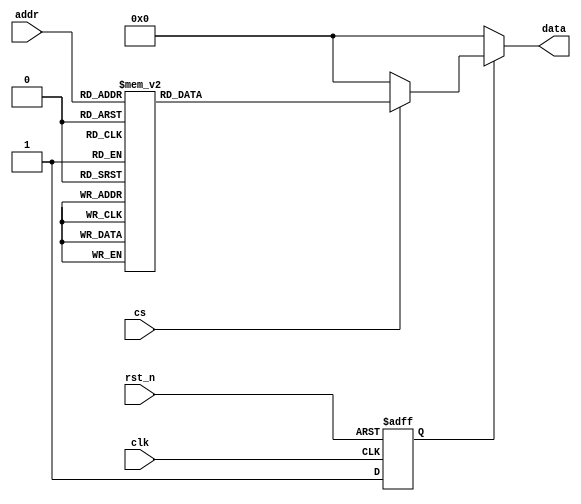
module ROM1_Z0(clk, rst_n, cs, addr, data);

input [3:0] addr; // address
input cs; // chip select
input rst_n; 
input clk; 
output reg [16:0] data;

reg [16:0] rom_data;
reg rst_n_sync;

always@(*) begin

if(cs)
begin
//   c1= 0.9807852804 , c2= 0.92387953251 , c3= 0.8314696123 , c4= 0.70710678118 , c5= 0.55557023302 , c6= 0.38268343236 , c7= 0.19509032201 
//   It is in Fixed Point representation!
case(addr) 
4'b0000: rom_data = 17'b000_00000000000000; // 0 
4'b0001: rom_data = 17'b000_10110101000001; // c4 
4'b0010: rom_data = 17'b000_10110101000001; // c4
4'b0011: rom_data = 17'b001_01101010000010; // 2 c4
4'b0100: rom_data = 17'b000_10110101000001; // c4
4'b0101: rom_data = 17'b001_01101010000010; // 2 c4
4'b0110: rom_data = 17'b001_01101010000010; // 2 c4
4'b0111: rom_data = 17'b010_00011111000011; // 3 c4

4'b1000: rom_data = 17'b000_10110101000001; // c4 
4'b1001: rom_data = 17'b001_01101010000010; // 2 c4 
4'b1010: rom_data = 17'b001_01101010000010; // 2 c4 
4'b1011: rom_data = 17'b010_00011111000011; // 3 c4
4'b1100: rom_data = 17'b001_01101010000010; // 2 c4 
4'b1101: rom_data = 17'b010_00011111000011; // 3 c4 
4'b1110: rom_data = 17'b010_00011111000011; // 3 c4 
4'b1111: rom_data = 17'b010_11010100000100; // 4 c4 

default: rom_data = 0;
endcase 
end 
else rom_data = 0; 
end 

// Asynchronous reset assertion, synchronous reset deassertion
always @(negedge rst_n or posedge clk) begin
    if (!rst_n)
        rst_n_sync <= 1'b0;  // Asynchronous reset assertion
    else
        rst_n_sync <= 1'b1;  // Synchronous reset deassertion
end

// Data output logic
always @(*) begin
    if (!rst_n_sync)
        data = 17'b0;  // Clear data on reset
    else
        data = rom_data;  // Update data immediately from combinational logic
end

endmodule